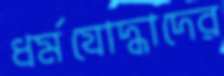
ধর্মযোদ্ধাদের